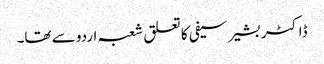
ڈاکٹر بشیر سیفی کا تعلق شعبہ اردو سے تھا۔